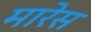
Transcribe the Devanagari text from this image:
मारेस